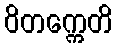
ဝိတက္ကေတိ